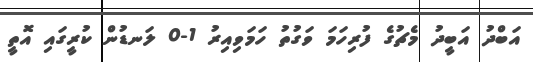
އަބްދު އަބީދު މެޗުގެ ފުރިހަމަ ވަގުތު ހަމަވިއިރު 1-0 ލަނޑުން ކުރީގައި އޮތީ